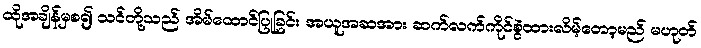
ထိုအချိန်မှစ၍ သင်တို့သည် အိမ်ထောင်ပြုခြင်း အယူအဆအား ဆက်လက်ကိုင်စွဲထားလိမ့်တော့မည် မဟုတ်